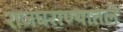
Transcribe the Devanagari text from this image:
राजघराण्यातले